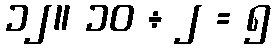
၁၂။ ၁၀ ÷ ၂ = ၅